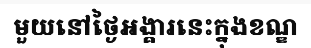
មួយនៅថ្ងៃអង្គារនេះក្នុងខណ្ឌ